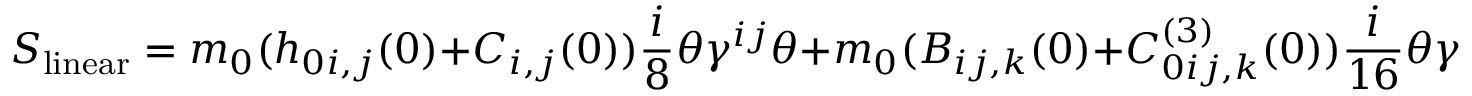
S _ { \mathrm { l i n e a r } } = m _ { 0 } ( h _ { 0 i , j } ( 0 ) + C _ { i , j } ( 0 ) ) { \frac { i } { 8 } } \theta \gamma ^ { i j } \theta + m _ { 0 } ( B _ { i j , k } ( 0 ) + C _ { 0 i j , k } ^ { ( 3 ) } ( 0 ) ) { \frac { i } { 1 6 } } \theta \gamma ^ { i j k } \theta + { \cal O } ( \theta ^ { 4 } )